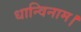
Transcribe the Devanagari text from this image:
धान्विनाम।